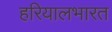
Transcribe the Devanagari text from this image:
हरियालभारत